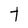
Character: t